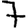
Digit: 7